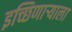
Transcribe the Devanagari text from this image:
इच्छिणाऱ्याला